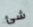
شئ